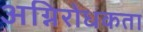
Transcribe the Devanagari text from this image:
अग्निरोधकता